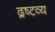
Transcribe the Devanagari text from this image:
द्रष्‍टव्य